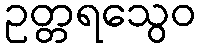
ဥတ္တရသွေဝ